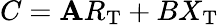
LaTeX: C=\mathbf{A}R_{\mathrm{{T}}}+BX_{\mathrm{{T}}}